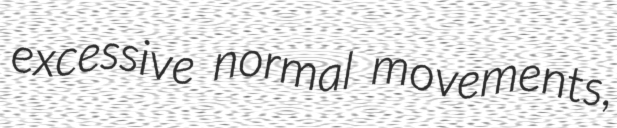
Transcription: excessive normal movements,